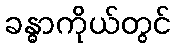
ခန္ဓာကိုယ်တွင်